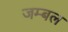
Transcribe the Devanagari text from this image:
जम्‍बल